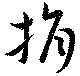
捐